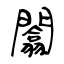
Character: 闟